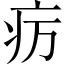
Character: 疠